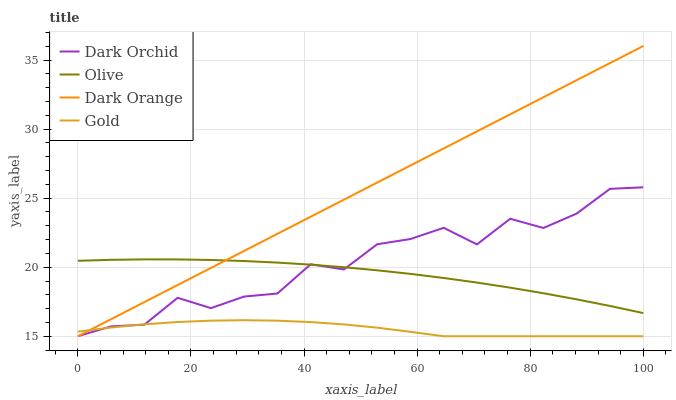
| xaxis_label | Dark Orchid | Olive | Dark Orange | Gold |
 | --- | --- | --- | --- | --- |
 | 0 | 15 | 20.5 | 15 | 15.3 |
 | 5.88 | 15.7 | 20.5 | 16.2 | 15.6 |
 | 11.8 | 15.8 | 20.6 | 17.5 | 15.9 |
 | 17.6 | 17.8 | 20.6 | 18.7 | 16 |
 | 23.5 | 17 | 20.5 | 19.9 | 16.1 |
 | 29.4 | 17.9 | 20.4 | 21.2 | 16.2 |
 | 35.3 | 18.1 | 20.3 | 22.4 | 16.1 |
 | 41.2 | 20.2 | 20.2 | 23.7 | 16 |
 | 47.1 | 19.8 | 20 | 24.9 | 15.9 |
 | 52.9 | 21.7 | 19.8 | 26.1 | 15.6 |
 | 58.8 | 22 | 19.5 | 27.4 | 15.3 |
 | 64.7 | 22.9 | 19.2 | 28.6 | 15 |
 | 70.6 | 21.7 | 18.9 | 29.8 | 15 |
 | 76.5 | 23.5 | 18.5 | 31.1 | 15 |
 | 82.4 | 22.8 | 18.1 | 32.3 | 15 |
 | 88.2 | 23.9 | 17.7 | 33.5 | 15 |
 | 94.1 | 25.7 | 17.2 | 34.8 | 15 |
 | 100 | 25.8 | 16.7 | 36 | 15 |